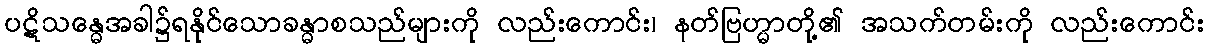
ပဋိသန္ဓေအခါ၌ရနိုင်သောခန္ဓာစသည်များကို လည်းကောင်း၊ နတ်ဗြဟ္မာတို့၏ အသက်တမ်းကို လည်းကောင်း